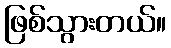
ဖြစ်သွားတယ်။